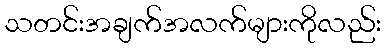
သတင်းအချက်အလက်များကိုလည်း